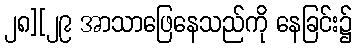
၂၈][၂၉ အာသာဖြေနေသည်ကို နေခြင်း၌